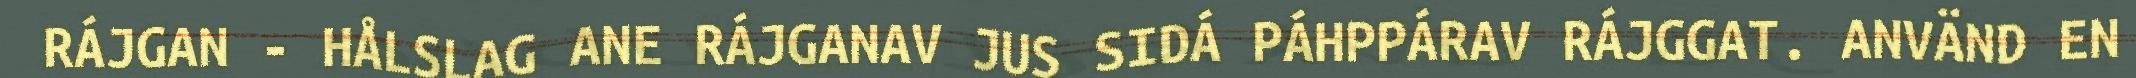
RÁJGAN - HÅLSLAG ANE RÁJGANAV JUS SIDÁ PÁHPPÁRAV RÁJGGAT. ANVÄND EN